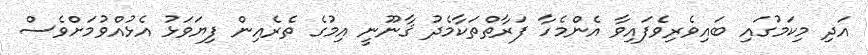
އަދި މިކަމުގައި ބައިވެރިވެފައިވާ އެންމެހާ ފަރާތްތަކާމެދު ޤާނޫނީ އިމުގެ ތެރެއިން ފިޔަވަޅު އެޅުއްވުމަށްވެސް